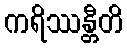
ကရိဿန္တီတိ